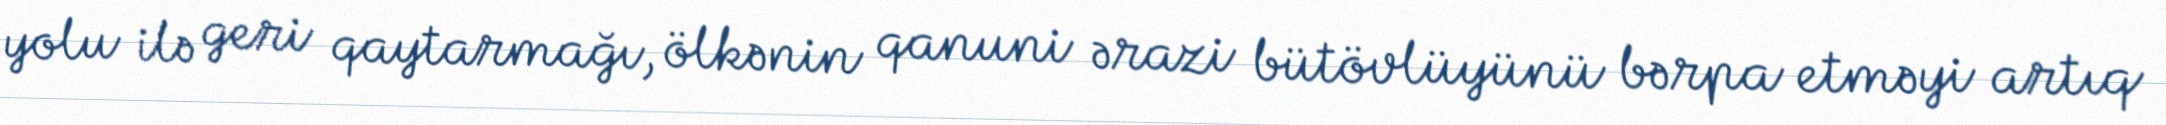
yolu ilə geri qaytarmağı, ölkənin qanuni ərazi bütövlüyünü bərpa etməyi artıq